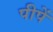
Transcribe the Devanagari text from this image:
पीपें